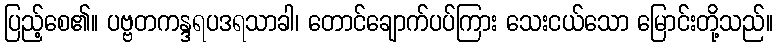
ပြည့်စေ၏။ ပဗ္ဗတကန္ဒရပဒရသာခါ၊ တောင်ချောက်ပပ်ကြား သေးငယ်သော မြောင်းတို့သည်။